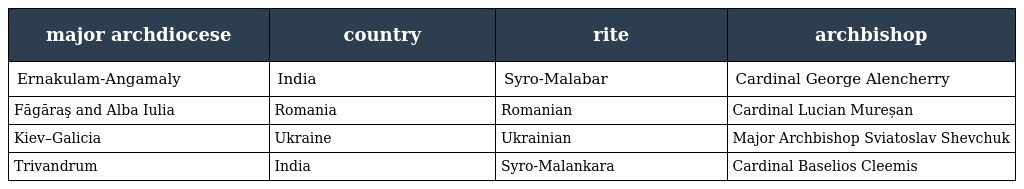
| major archdiocese | country | rite | archbishop |
 | --- | --- | --- | --- |
 | Ernakulam-Angamaly | India | Syro-Malabar | Cardinal George Alencherry |
 | Făgăraş and Alba Iulia | Romania | Romanian | Cardinal Lucian Mureșan |
 | Kiev–Galicia | Ukraine | Ukrainian | Major Archbishop Sviatoslav Shevchuk |
 | Trivandrum | India | Syro-Malankara | Cardinal Baselios Cleemis |